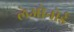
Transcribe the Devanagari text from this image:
लेओनोर्ड